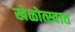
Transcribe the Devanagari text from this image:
खेळोत्स्वात